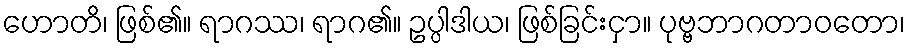
ဟောတိ၊ ဖြစ်၏။ ရာဂဿ၊ ရာဂ၏။ ဥပ္ပါဒါယ၊ ဖြစ်ခြင်းငှာ။ ပုဗ္ဗဘာဂတာဝတော၊